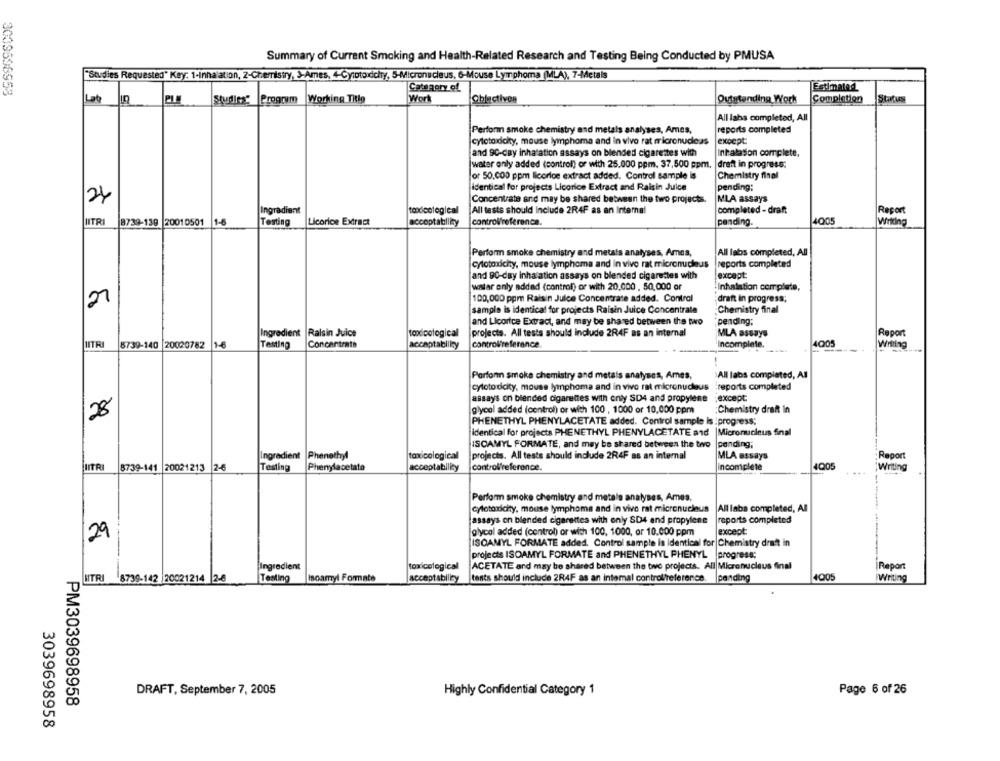
Summary of Current Smoking and Health-Related Research and Testing Being Conducted by PMUSA
"Studies Requested" Key: 1-Inhalation, 2-Chemistry, 3-Ames, 4-Cytotorichy, 5-Micronucleus, 6-Mouse Lymphoma (MLA), 7-Metals
Estimated
باما
Studies Progcym Working Title
Work
Chlactives
Outstanding Work
Completion
Status
All labs completed, All
Perform smoke chemistry and metals analyses, Ames,
reports completed
cytotardcity, mouse lymphoma and in vivo rat micronucleus
except
and 90-day inhalation assays on blended cigarettes with
Inhalation complete.
water only added (control) or with 25.000 ppm. 37,500 ppm.
draft in progress:
or 50,000 ppm licorice extract added. Control sample is
Chemistry final
identical for projects Licorice Extract and Raisin Juice
pending:
24
MLA assays
Concentrate and may be shared between the two projects.
Ingradient
toxicological
All tests should Include 2R4F as an Internal
completed - draft
Report
11-6
Testing
Licorice Extract
control'reference.
4005
HITRI
8739-139 20010501
acceptatillity
pending.
Wrking
All labs completed, All
Perform smoke chemistry and metals analyses, Ames,
cytotoxicity, mouse lymphoma and in vivo rat micronucleus
reports completed
and 90-day Inhalation assays on blended cigarettes with
except
waslar only added (control) or with 20,000 , 50,000 or
Inhalation complete,
100,000 ppm Raisin Juice Concentrate added. Control
draft in progress;
sample is identical for projects Raisin Juice Concentrate
Chemistry final
and Licorice Extract, and may be shared between the two
pending;
Ingredient
Ralsin Juice
toxicological
projects. All testa should Include 2R4F as an internal
MLA assays
Report
4005
NITRI
8739-140 20020782
1-6
Testing
Concentrate
acceptability
controlreference.
incomplete.
Writing
>All labs completed, All
Perfonn smoke chemistry and metals analyses, Ames,
cytoto dicity, mouse lymphoma and in vivo rat micronucleus
reports completed
assays on blended cigarettes with only SD4 and propylene
except
glycol added (control) or with 100 , 1000 or 10,000 ppm
Chemistry drait In
28
PHENETHYL PHENYLACETATE added. Control sample is progress;
identical for projects PHENETHYL PHENYLACETATE and
Micronucleus final
ISCAMYL FORMATE, and may be shared between the two
pending;
Ingredient
Phenethyl
toxicological
projects. All teste should include 2R4F as an internal
MLA assays
Report
IITRI
8739-141 20021213
2-6
Testing
Phenylacetato
acceptability
control'reference.
incomplete
4Q05
writing
Perform smoke chemistry and metale analyses, Ames,
cytotoxicity, mouse lymphoma and in vivo rat micronucleus
All laba completed, All
assays on blended cigarettes with only SD4 and propylene
reports completed
glycol added (control) or with 100, 1000, or 10.000 ppm
except
29
ISOAMYL FORMATE added. Control sample is identical for Chemistry drat in
projects ISOAMYL FORMATE and PHENETHYL PHENYL progress;
Ingredient
toxicological
ACETATE and may be shared between the tive projects. All Micronucleus final
Report
LITRI 8739-142 20021214 2-6
Testing
Isoamyl Formate
acceptability
tents should include 2R4F as an internal controlfreference.
pending
4005
Writing
DRAFT, September 7, 2005
Highly Confidential Category 1
Page 6 of 26
PM3039698958
3039698958